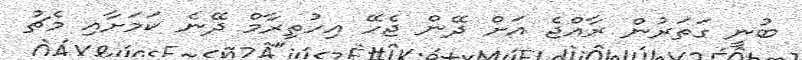
ބުނީ ގަތަރުން ރާއްޖެ އަށް ދޭން ޖެހޭ އިހުތިރާމް ދޭނެ ކަމަށާއި މެޗު